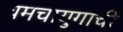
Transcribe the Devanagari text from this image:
चमचायुगाची